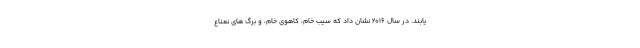
یابند. در سال 2016 نشان داد که سیب خام، کاهوی خام، و برگ های نعناع